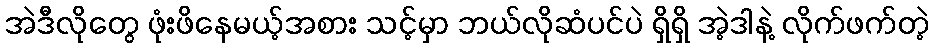
အဲဒီလိုတွေ ဖုံးဖိနေမယ့်အစား သင့်မှာ ဘယ်လိုဆံပင်ပဲ ရှိရှိ အဲ့ဒါနဲ့ လိုက်ဖက်တဲ့